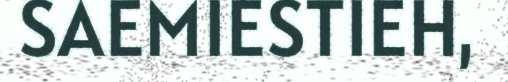
SAEMIESTIEH,